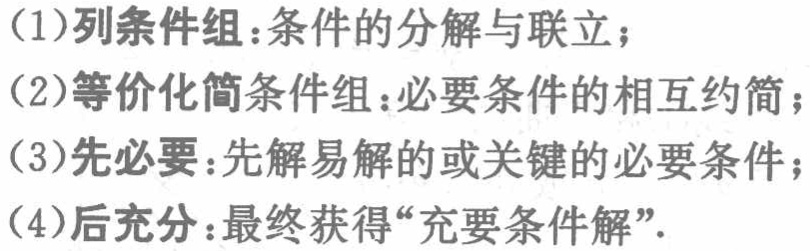
(1)列条件组：条件的分解与联立；

(2)等价化简条件组：必要条件的相互约简；

(3)先必要：先解易解的或关键的必要条件；

(4)后充分：最终获得“充要条件解”.